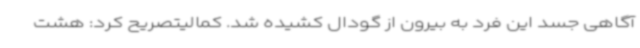
آگاهی جسد این فرد به بیرون از گودال کشیده شد. کمالیتصریح کرد: هشت